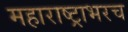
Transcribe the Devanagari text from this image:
महाराष्ट्राभरच